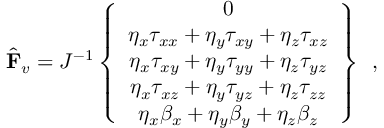
\hat { \mathbf { F } } _ { v } = J ^ { - 1 } \left\{ \begin{array} { c } { 0 } \\ { \eta _ { x } { \tau } _ { x x } + \eta _ { y } { \tau } _ { x y } + \eta _ { z } { \tau } _ { x z } } \\ { \eta _ { x } { \tau } _ { x y } + \eta _ { y } { \tau } _ { y y } + \eta _ { z } { \tau } _ { y z } } \\ { \eta _ { x } { \tau } _ { x z } + \eta _ { y } { \tau } _ { y z } + \eta _ { z } { \tau } _ { z z } } \\ { \eta _ { x } { \beta } _ { x } + \eta _ { y } { \beta } _ { y } + \eta _ { z } { \beta } _ { z } } \end{array} \right\} \, \mathrm { ~ , ~ }